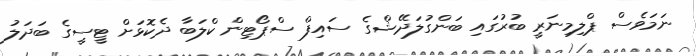
ނަމަވެސް ޕްލިމިނަރީ ބުރުގައި ބަންގުލަދޭޝްގެ ސައިފް ސްޕޯޓިން ކްލަބާ ދެކޮޅަށް ޓީސީގެ ބަދަލު